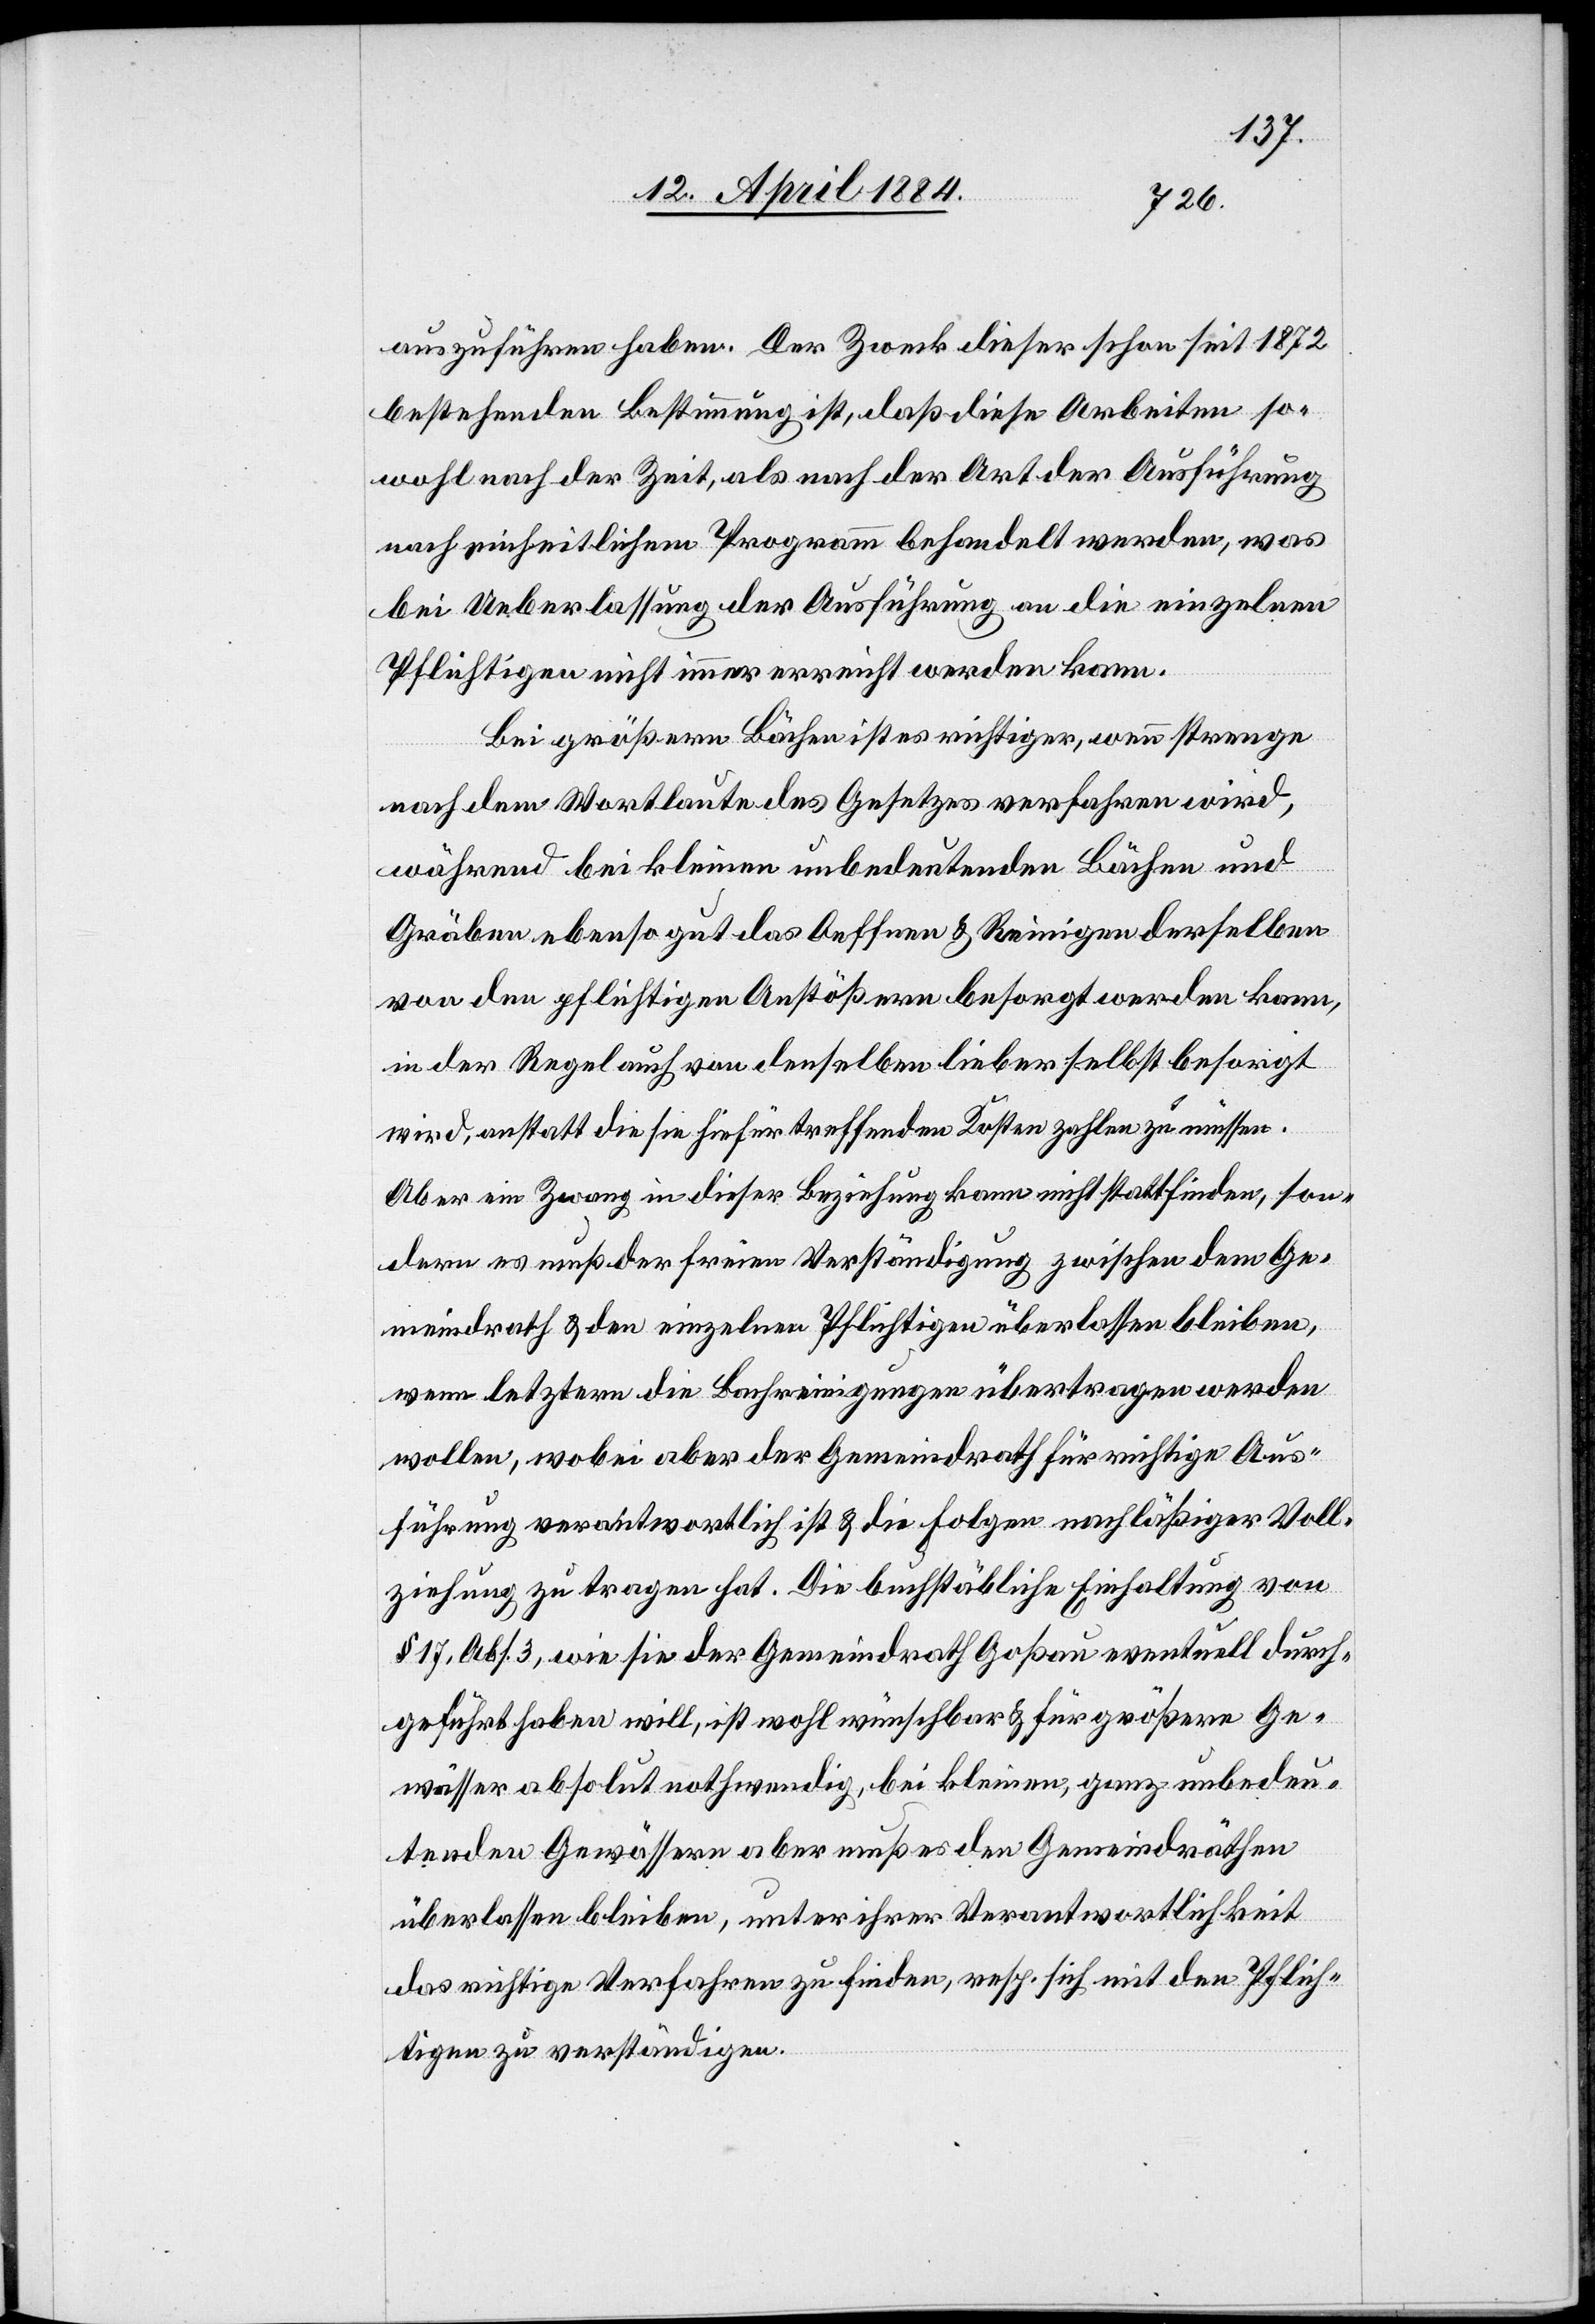
auszuführen haben. Der Zweck dieser schon seit 1872
bestehenden Bestimmung ist, daß diese Arbeiten so¬
wohl nach der Zeit, als nach der Art der Ausführung
nach einheitlichem Programm behandelt werden, was
bei Ueberlassung der Ausführung an die einzelnen
Pflichtigen nicht immer erreicht werden kann.
Bei größern Bächen ist es richtiger, wenn strenge
bleiben,
nach dem Wortlaute des Gesetzes verfahren wird,
während bei kleinen unbedeutenden Bächen und
Gräben ebenso gut das Oeffnen & Reinigen derselben
von den pflichtigen Anstößern besorgt werden kann,
in der Regel auch von denselben lieber selbst besorgt
wird, anstatt die sie hiefür treffenden Kosten zahlen zu müssen.
Aber ein Zwang in dieser Beziehung kann nicht stattfinden, son¬
dern es muß der freien Verständigung zwischen dem Ge¬
meindrath & den einzelnen Pflichtigen überlassen werden
wenn letztern die Bachreinigungen übertragen werden
wollen, wobei aber der Gemeindrath für richtige Aus¬
führung verantwortlich ist & die Folgen nachläßiger Voll¬
ziehung zu tragen hat. Die buchstäbliche Einhaltung von
§ 17, Abs. 3, wie sie der Gemeindrath Goßau eventuell durch¬
geführt haben will, ist wohl wünschbar & für größere Ge¬
wässer absolut nothwendig, bei kleinern, ganz unbedeu¬
tenden Gewässern aber muß es den Gemeindräthen
überlassen bleiben, unter ihrer Verantwortlichkeit
das richtige Verfahren zu finden, resp. sich mit den Pflich¬
tigen zu verständigen.